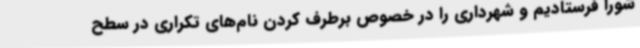
شورا فرستادیم و شهرداری را در خصوص برطرف کردن نام‌های تکراری در سطح